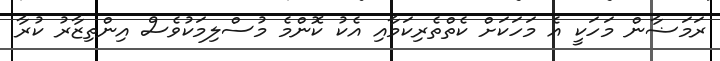
ރަމަޟާން މަހަކީ އެ މަހަކަށް ކެތްތެރިކަމާއި އެކު ކޮންމެ މުސްލިމަކުވެސް އިންތިޒާރު ކުރާ